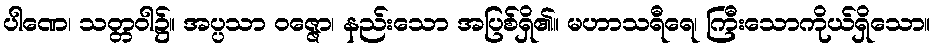
ပါဏေ၊ သတ္တဝါ၌။ အပ္ပသာ ဝဇ္ဇော၊ နည်းသော အပြစ်ရှိ၏။ မဟာသရီရေ၊ ကြီးသောကိုယ်ရှိသော။